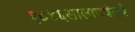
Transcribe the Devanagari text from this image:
१८४६सालापर्यंतचे